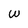
Character: W